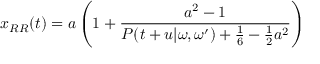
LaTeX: x _ { R R } ( t ) = a \left( 1 + \frac { a ^ { 2 } - 1 } { { \cal P } ( t + u | \omega , \omega ^ { \prime } ) + \frac { 1 } { 6 } - { \frac { 1 } { 2 } } a ^ { 2 } } \right)